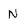
Character: N